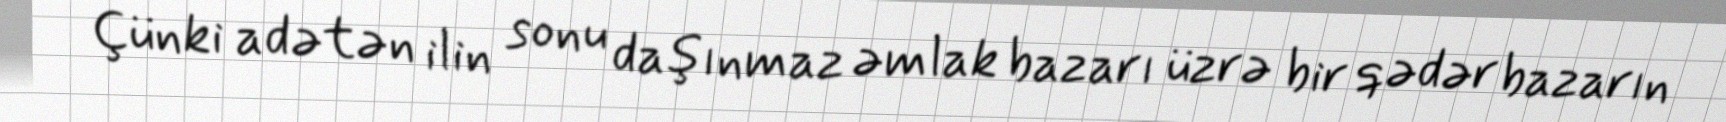
Çünki adətən ilin sonu daşınmaz əmlak bazarı üzrə bir qədər bazarın